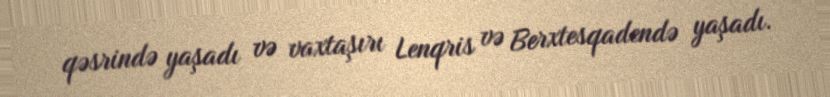
qəsrində yaşadı və vaxtaşırı Lenqris və Berxtesqadendə yaşadı.